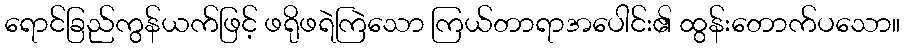
ရောင်ခြည်ကွန်ယက်ဖြင့် ဖရိုဖရဲကြဲသော ကြယ်တာရာအပေါင်း၏ ထွန်းတောက်ပသော။